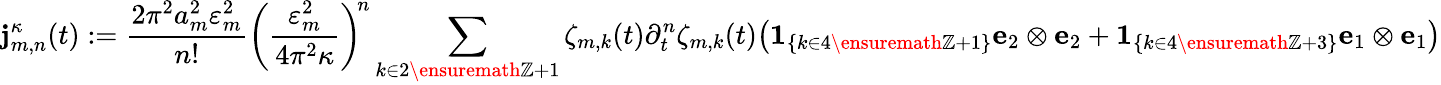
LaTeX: \mathbf{j}_{m,n}^{\kappa}(t):=\frac{2\pi^{2}a_{m}^{2}\varepsilon_{m}^{2}}{n!}\biggl(\frac{\varepsilon_{m}^{2}}{4\pi^{2}\kappa}\biggr)^{\! n}\sum_{k\in 2\ensuremath{\mathbb{Z}}+1}\zeta_{m,k}(t)\partial_{t}^{n}\zeta_{m,k}(t)\bigl({\mathbf{1}}_{\{ k\in 4\ensuremath{\mathbb{Z}}+1\} }{\mathbf{e}}_{2}\otimes{\mathbf{e}}_{2}+{\mathbf{1}}_{\{ k\in 4\ensuremath{\mathbb{Z}}+3\} }{\mathbf{e}}_{1}\otimes{\mathbf{e}}_{1}\bigr)